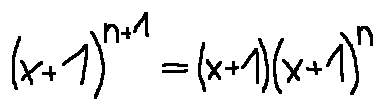
( x + 1 ) ^ { n + 1 } = ( x + 1 ) ( x + 1 ) ^ { n }